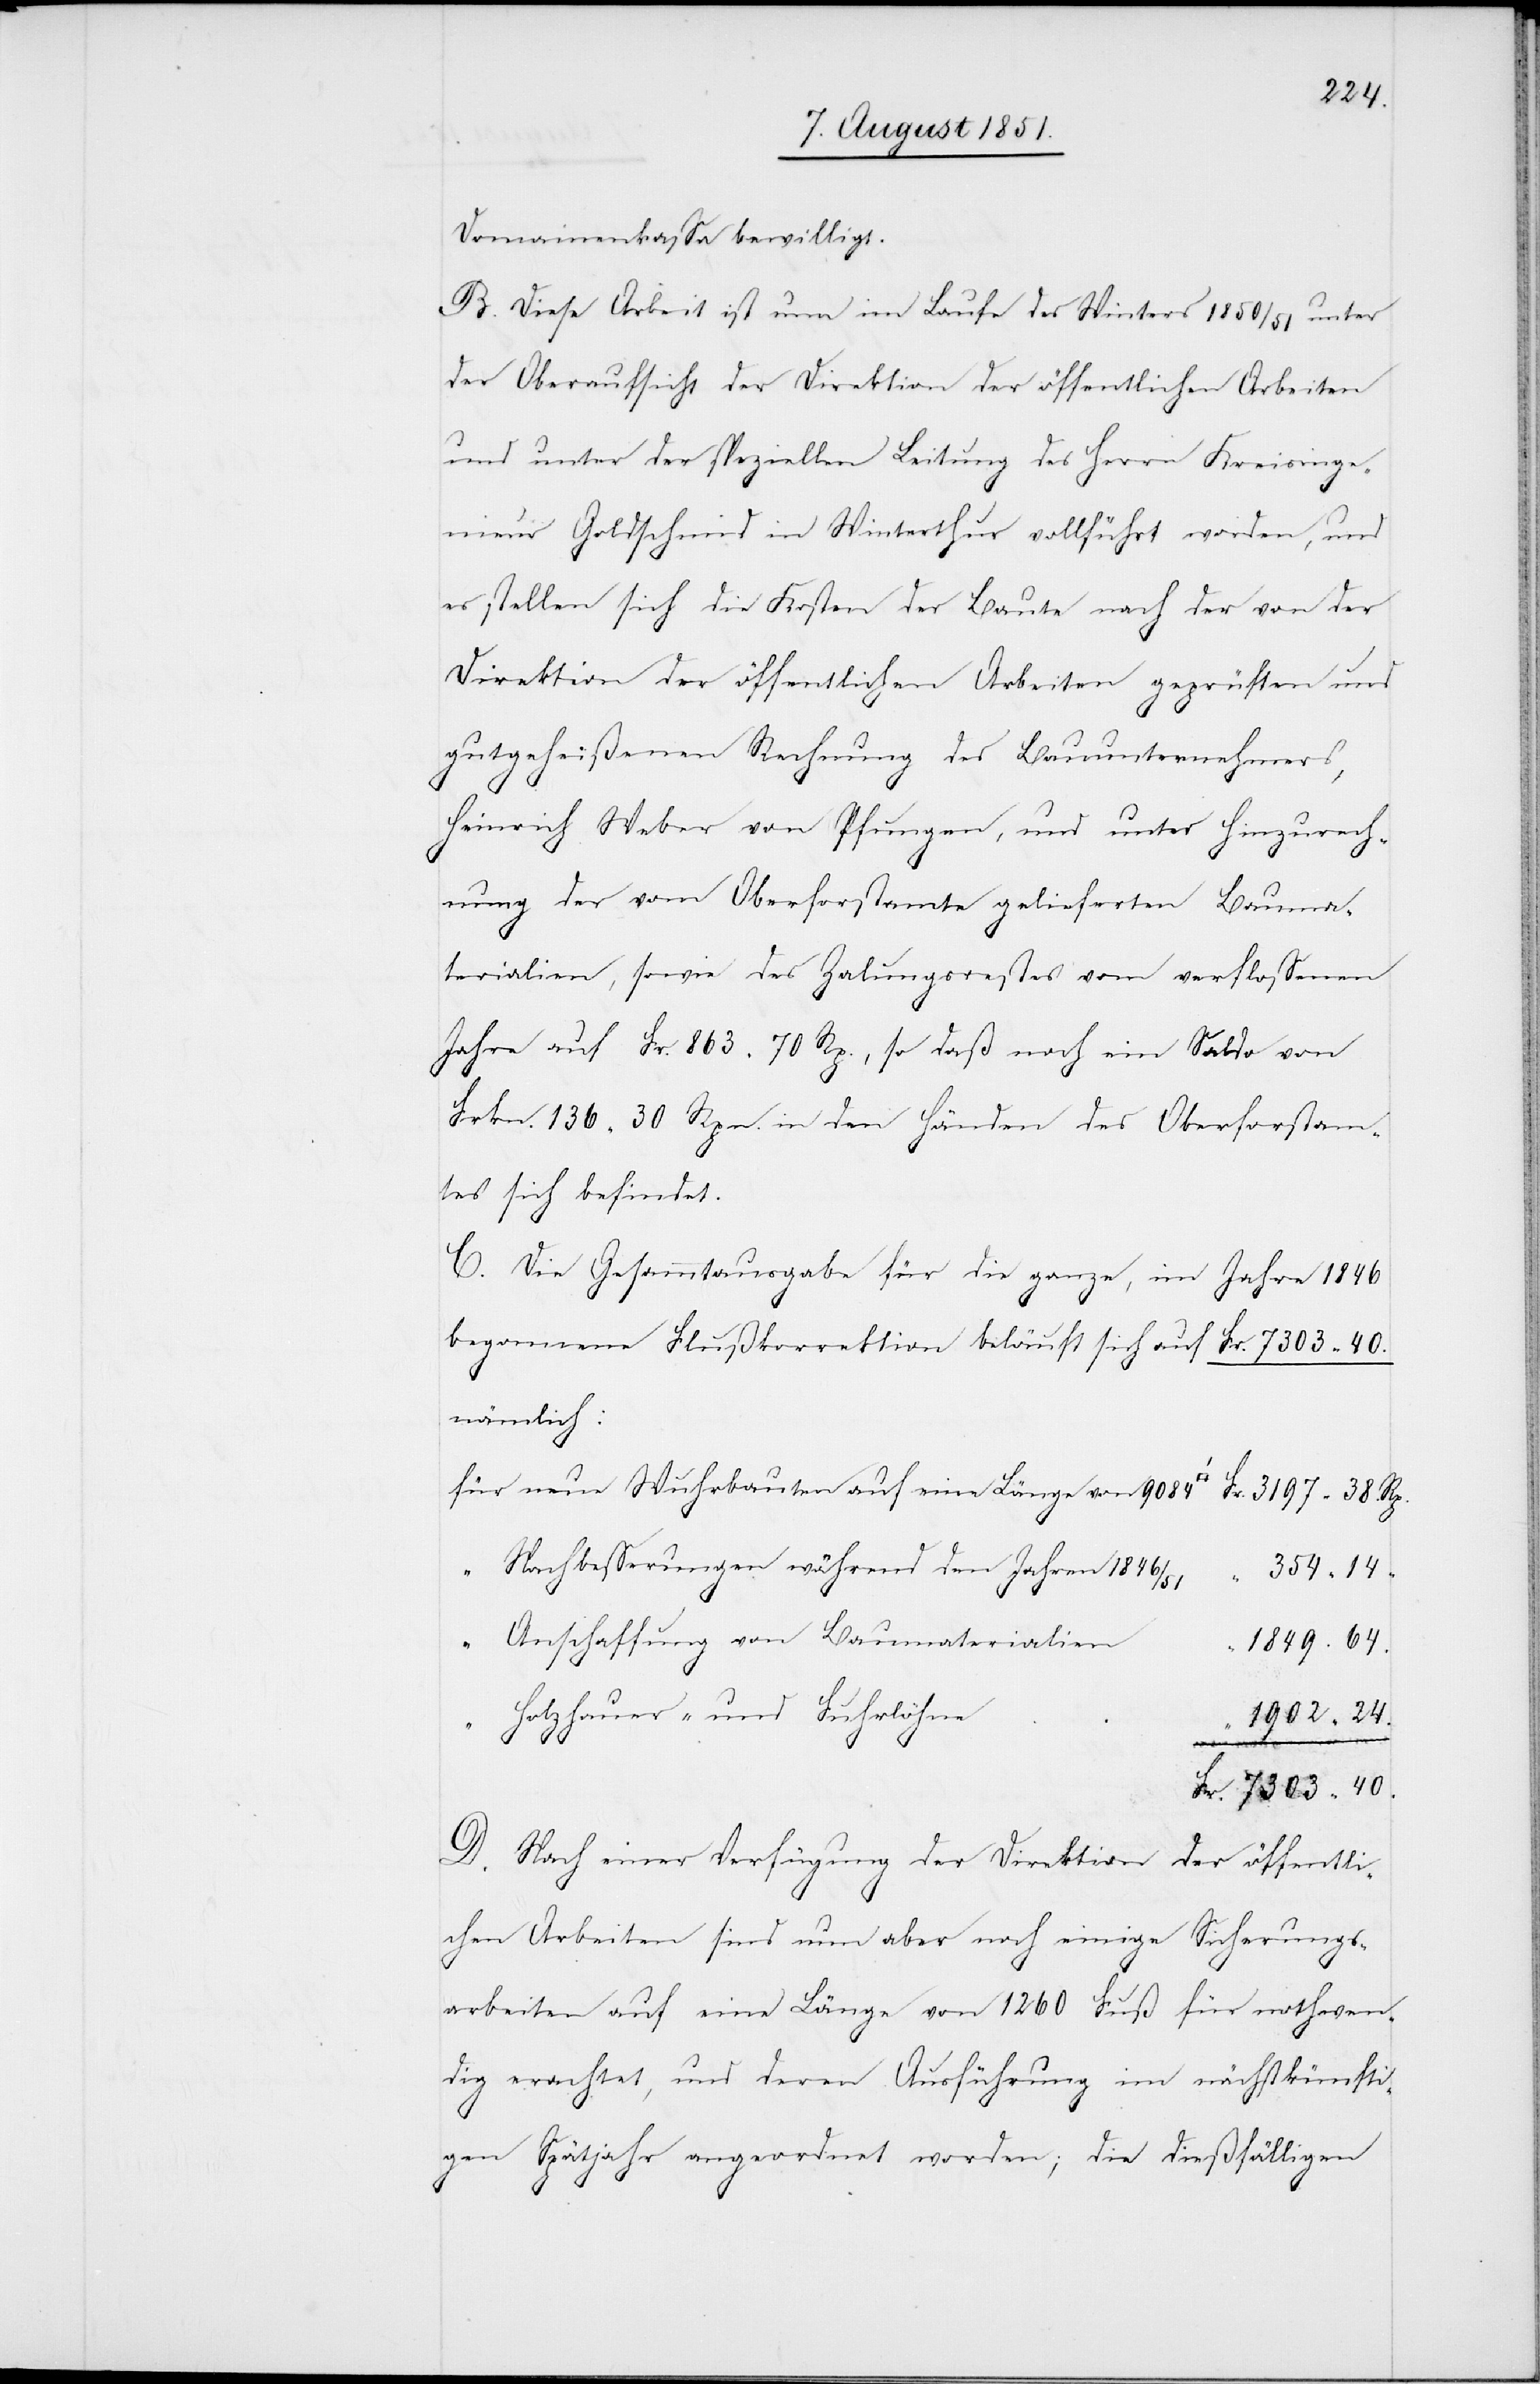
Domainenkassa bewilligt.
B. Diese Arbeit ist nun im Laufe des Winters 1850/51 unter
der Oberaufsicht der Direktion der öffentlichen Arbeiten
und unter der speziellen Leitung des Herrn Kreisinge¬
nieur Goldschmid in Winterthur vollführt worden, und
es stellen sich die Kosten der Baute nach der von der
Direktion der öffentlichen Arbeiten geprüften und
gutgeheißenen Rechnung des Bauunternehmers,
Heinrich Weber von Pfungen, und unter Hinzurech¬
nung der vom Oberforstamte gelieferten Bauma¬
terialien, sowie des Za[h]lungsrestes vom verflossenen
Jahre auf Fr. 863 70 Rp., so daß noch ein Saldo von
Frkn. 136 30 Rpn. in den Händen des Oberforstam¬
tes sich befindet.
C. Die Gesammtausgabe für die ganze, im Jahre 1846
“
nämlich:
für neue Wuhrbauten auf eine Länge von 9084 [Quadratfuß]
Nachbesserungen während den Jahren 1846/51
40.
“ Anschaffung von Baumaterialien
Holzhauer- und Fuhrlöhne
auf
D. Nach einer Verfügung der Direktion der öffentli¬
chen Arbeiten sind nun aber noch einige Sicherungs¬
arbeiten auf eine Länge von 1260 Fuß für nothwen¬
dig erachtet, und deren Ausführung im nächstkünfti¬
gen Spätjahr angeordnet worden; die dießfälligen